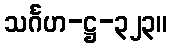
သင်္ဂဟ-ဋ္ဌ-၃၂၃။